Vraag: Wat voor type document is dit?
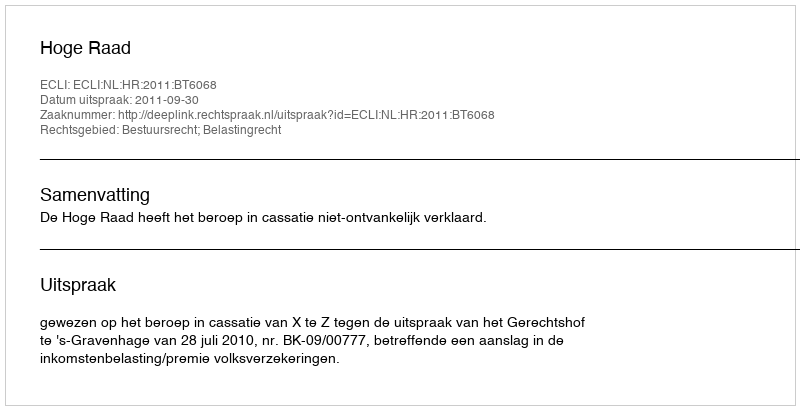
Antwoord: Uitspraak